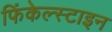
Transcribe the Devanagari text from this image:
फिंकेल्स्टाइन